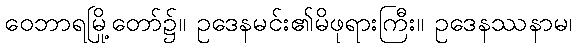
ဝေဘာရမြို့တော်၌။ ဥဒေနမင်း၏မိဖုရားကြီး။ ဥဒေနဿနာမ၊